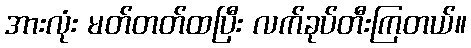
အားလုံး မတ်တတ်ထပြီး လက်ခုပ်တီးကြတယ်။